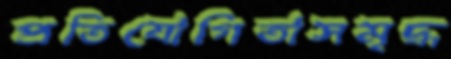
প্রতিযোগিতাসমৃদ্ধ